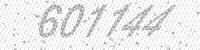
Solution: 601144